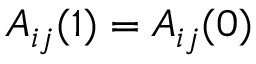
A _ { i j } ( 1 ) = A _ { i j } ( 0 )